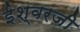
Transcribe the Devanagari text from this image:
ईश्वरजी